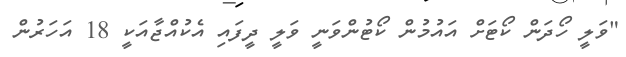
"ވަލީ ހޯދަން ކޯޓަށް އައުމުން ކޯޓުންވަނީ ވަލީ ދީފައި އެކުއްޖާއަކީ 18 އަހަރުން